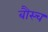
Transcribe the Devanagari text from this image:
बौस्च